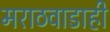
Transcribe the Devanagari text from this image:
मराठवाडाही